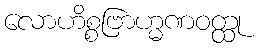
လောဟိစ္စဗြာဟ္မဏဝတ္ထု